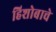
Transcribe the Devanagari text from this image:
हिशोबाचे